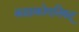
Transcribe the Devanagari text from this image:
काठकोपनिषद्